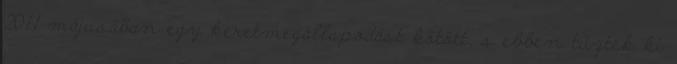
2011 májusában egy keretmegállapodást kötött, s ebben tűzték ki